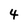
Character: 4